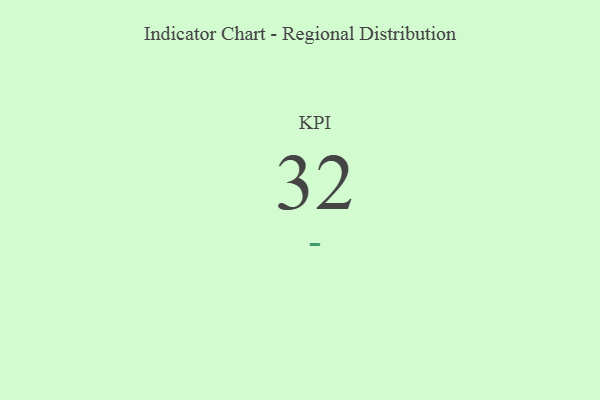
{"axis": {"x": "KPI", "y": "Value"}, "legend": [""], "data": [{"x": "KPI", "y": 32, "type": ""}]}